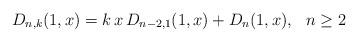
LaTeX: \begin{align*}D_{n,k}(1,x)&=k\,x\,D_{n-2,1}(1,x)+D_n(1,x),\,\,\,\,n\geq 2\end{align*}